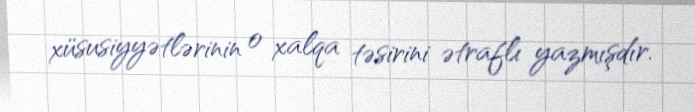
xüsusiyyətlərinin o xalqa təsirini ətraflı yazmışdır.